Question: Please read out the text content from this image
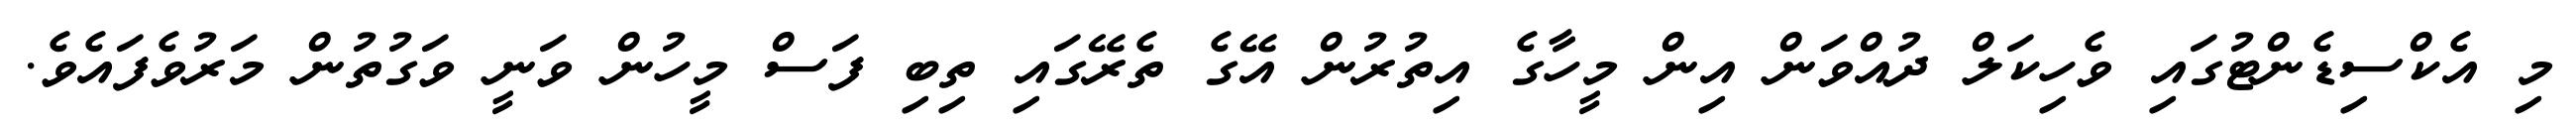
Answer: މި އެކްސިޑެންޓުގައި ވެހިކަލް ދުއްވަން އިން މީހާގެ އިތުރުން އޭގެ ތެރޭގައި ތިބި ފަސް މީހުން ވަނީ ވަގުތުން މަރުވެފައެވެ.